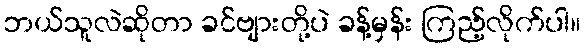
ဘယ်သူလဲဆိုတာ ခင်ဗျားတို့ပဲ ခန့်မှန်း ကြည့်လိုက်ပါ။